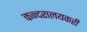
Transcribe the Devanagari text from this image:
कन्दरालयकरी